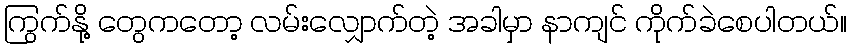
ကြွက်နို့ တွေကတော့ လမ်းလျှောက်တဲ့ အခါမှာ နာကျင် ကိုက်ခဲစေပါတယ်။